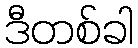
ဒီတစ်ခါ